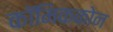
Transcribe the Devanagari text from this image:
कॉमिककोन